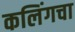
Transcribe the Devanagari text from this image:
कलिंगचा